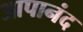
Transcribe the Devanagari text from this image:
आपानंद